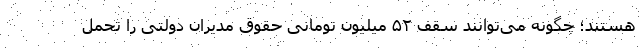
هستند؛ چگونه می‌توانند سقف ۵۲ میلیون تومانی حقوق مدیران دولتی را تحمل